Triennial report on the lunatic asylums in the province of Eastern Bengal and Assam - 1903-1911
Year: 1903
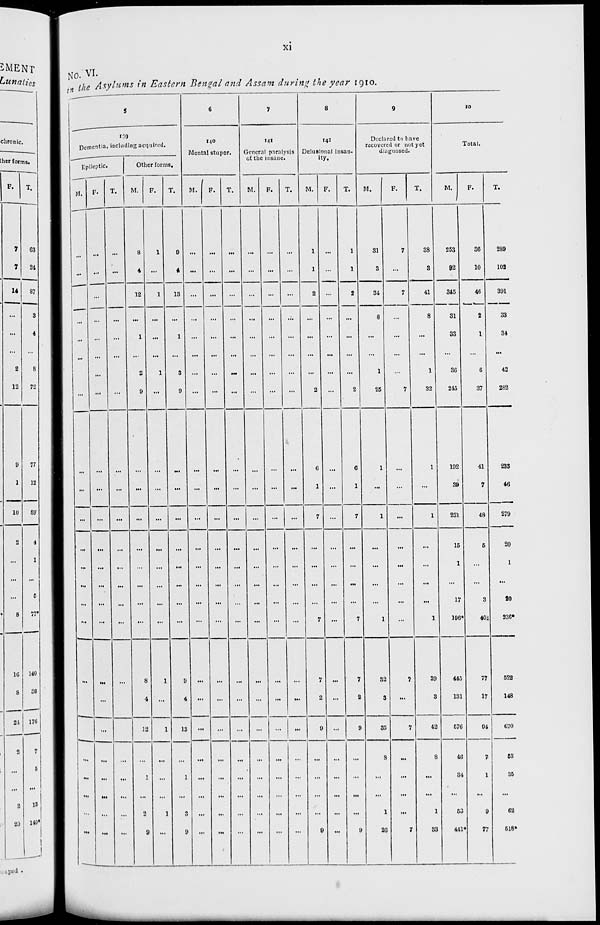
xi
No. VI.
in the Asylums in Eastern Bengal and Assam during the year 1910.
5
139
Dementia, including acquired.
Epileptic.
M.
...
...
...
...
...
...
...
...
...
...
...
...
...
...
...
...
...
...
...
...
...
...
...
...
F.
...
...
...
...
...
...
...
...
...
...
...
...
...
...
...
...
...
...
...
...
...
...
...
...
T.
...
...
...
...
...
...
...
...
...
...
...
...
...
...
...
...
...
...
...
...
...
...
...
...
Other forms.
M.
8
4
12
...
1
...
2
9
...
...
...
...
...
...
...
...
8
4
12
...
1
...
2
9
F.
1
...
1
...
...
...
1
...
...
...
...
...
...
...
...
...
1
...
1
...
...
...
1
...
T.
9
4
13
...
1
...
3
9
...
...
...
...
...
...
...
...
9
4
13
...
1
...
3
9
6
140
Mental stupor.
M.
...
...
...
...
...
...
...
...
...
...
...
...
...
...
...
...
...
...
...
...
...
...
...
...
F.
...
...
...
...
...
...
...
...
...
...
...
...
...
...
...
...
...
...
...
...
...
...
...
...
T.
...
...
...
...
...
...
...
...
...
...
...
...
...
...
...
...
...
...
...
...
...
...
...
...
7
141
General paralysis
of the insane.
M.
...
...
...
...
...
...
...
...
...
...
...
...
...
...
...
...
...
...
...
...
...
...
...
...
F.
...
...
...
...
...
...
...
...
...
...
...
...
...
...
...
...
...
...
...
...
...
...
...
...
T.
...
...
...
...
...
...
...
...
...
...
...
...
...
...
...
...
...
...
...
...
...
...
...
...
8
142
Delusional insan-
ity.
M.
1
1
2
...
...
...
...
2
6
1
7
...
...
...
...
7
7
2
9
...
...
...
...
9
F.
...
...
...
...
...
...
...
...
...
...
...
...
...
...
...
...
...
...
...
...
...
...
...
...
T.
1
1
2
...
...
...
...
2
6
1
7
...
...
...
...
7
7
2
9
...
...
...
...
9
9
Declared to have
recovered or not yet
diagnosed.
M.
31
3
34
8
...
...
1
25
1
...
1
...
...
...
...
1
32
3
35
8
...
...
1
26
F.
7
...
7
...
...
...
...
7
...
...
...
...
...
...
...
...
7
...
7
...
...
...
...
7
T.
38
3
41
8
...
...
1
32
1
...
1
...
...
...
...
1
39
3
42
8
...
...
1
33
10
Total.
M.
253
92
345
31
33
...
36
245
192
39
231
15
1
...
17
196*
445
131
576
46
34
...
53
441*
F.
36
10
46
2
1
...
6
37
41
7
48
5
...
...
3
401
77
17
94
7
1
...
9
77
T.
289
102
391
33
34
...
42
282
233
46
279
20
1
...
20
236*
522
148
670
53
35
...
62
518*